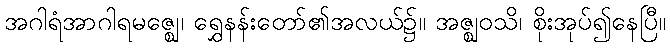
အဂါရံအာဂါရမဇ္ဈေ၊ ရွှေနန်းတော်၏အလယ်၌။ အဇ္ဈဝသိ၊ စိုးအုပ်၍နေပြီ။